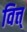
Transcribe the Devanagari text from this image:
वित्त्